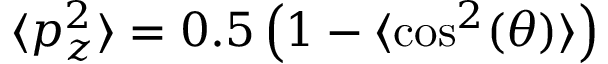
\langle p _ { z } ^ { 2 } \rangle = 0 . 5 \left( 1 - \langle \cos ^ { 2 } ( \theta ) \rangle \right)